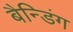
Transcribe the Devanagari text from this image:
बैन्डिंग